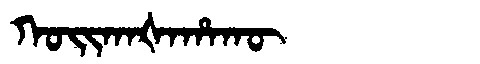
Manchu: ᡴᠣᡳᡴᠠᡧᠠᡥᠠᡴᡡ
Romanization: KOIKAŠAHAKŪ